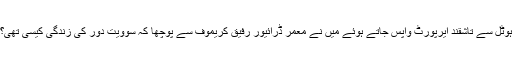
ہوٹل سے تاشقند ایرپورٹ واپس جاتے ہوئے میں نے معمر ڈرائیور رفیق کریموف سے پوچھا کہ سوویت دور کی زندگی کیسی تھی؟